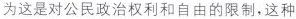
为这是对公民政治权利和自由的限制，这种